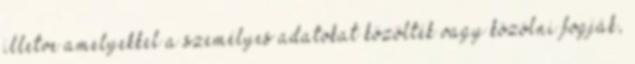
illetve amelyekkel a személyes adatokat közölték vagy közölni fogják,